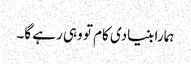
ہمارا بنیادی کام تو وہی رہے گا۔